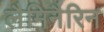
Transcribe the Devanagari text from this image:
लैमिनैरिन